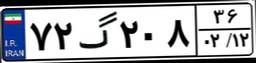
۷۲گ۲۰۸۳۶